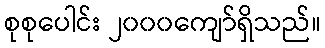
စုစုပေါင်း ၂၀၀၀ကျော်ရှိသည်။